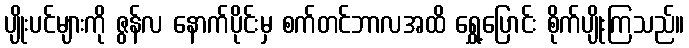
ပျိုးပင်များကို ဇွန်လ နောက်ပိုင်းမှ စက်တင်ဘာလအထိ ရွှေ့ပြောင်း စိုက်ပျိုးကြသည်။